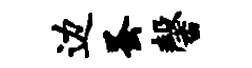
边蚤馨